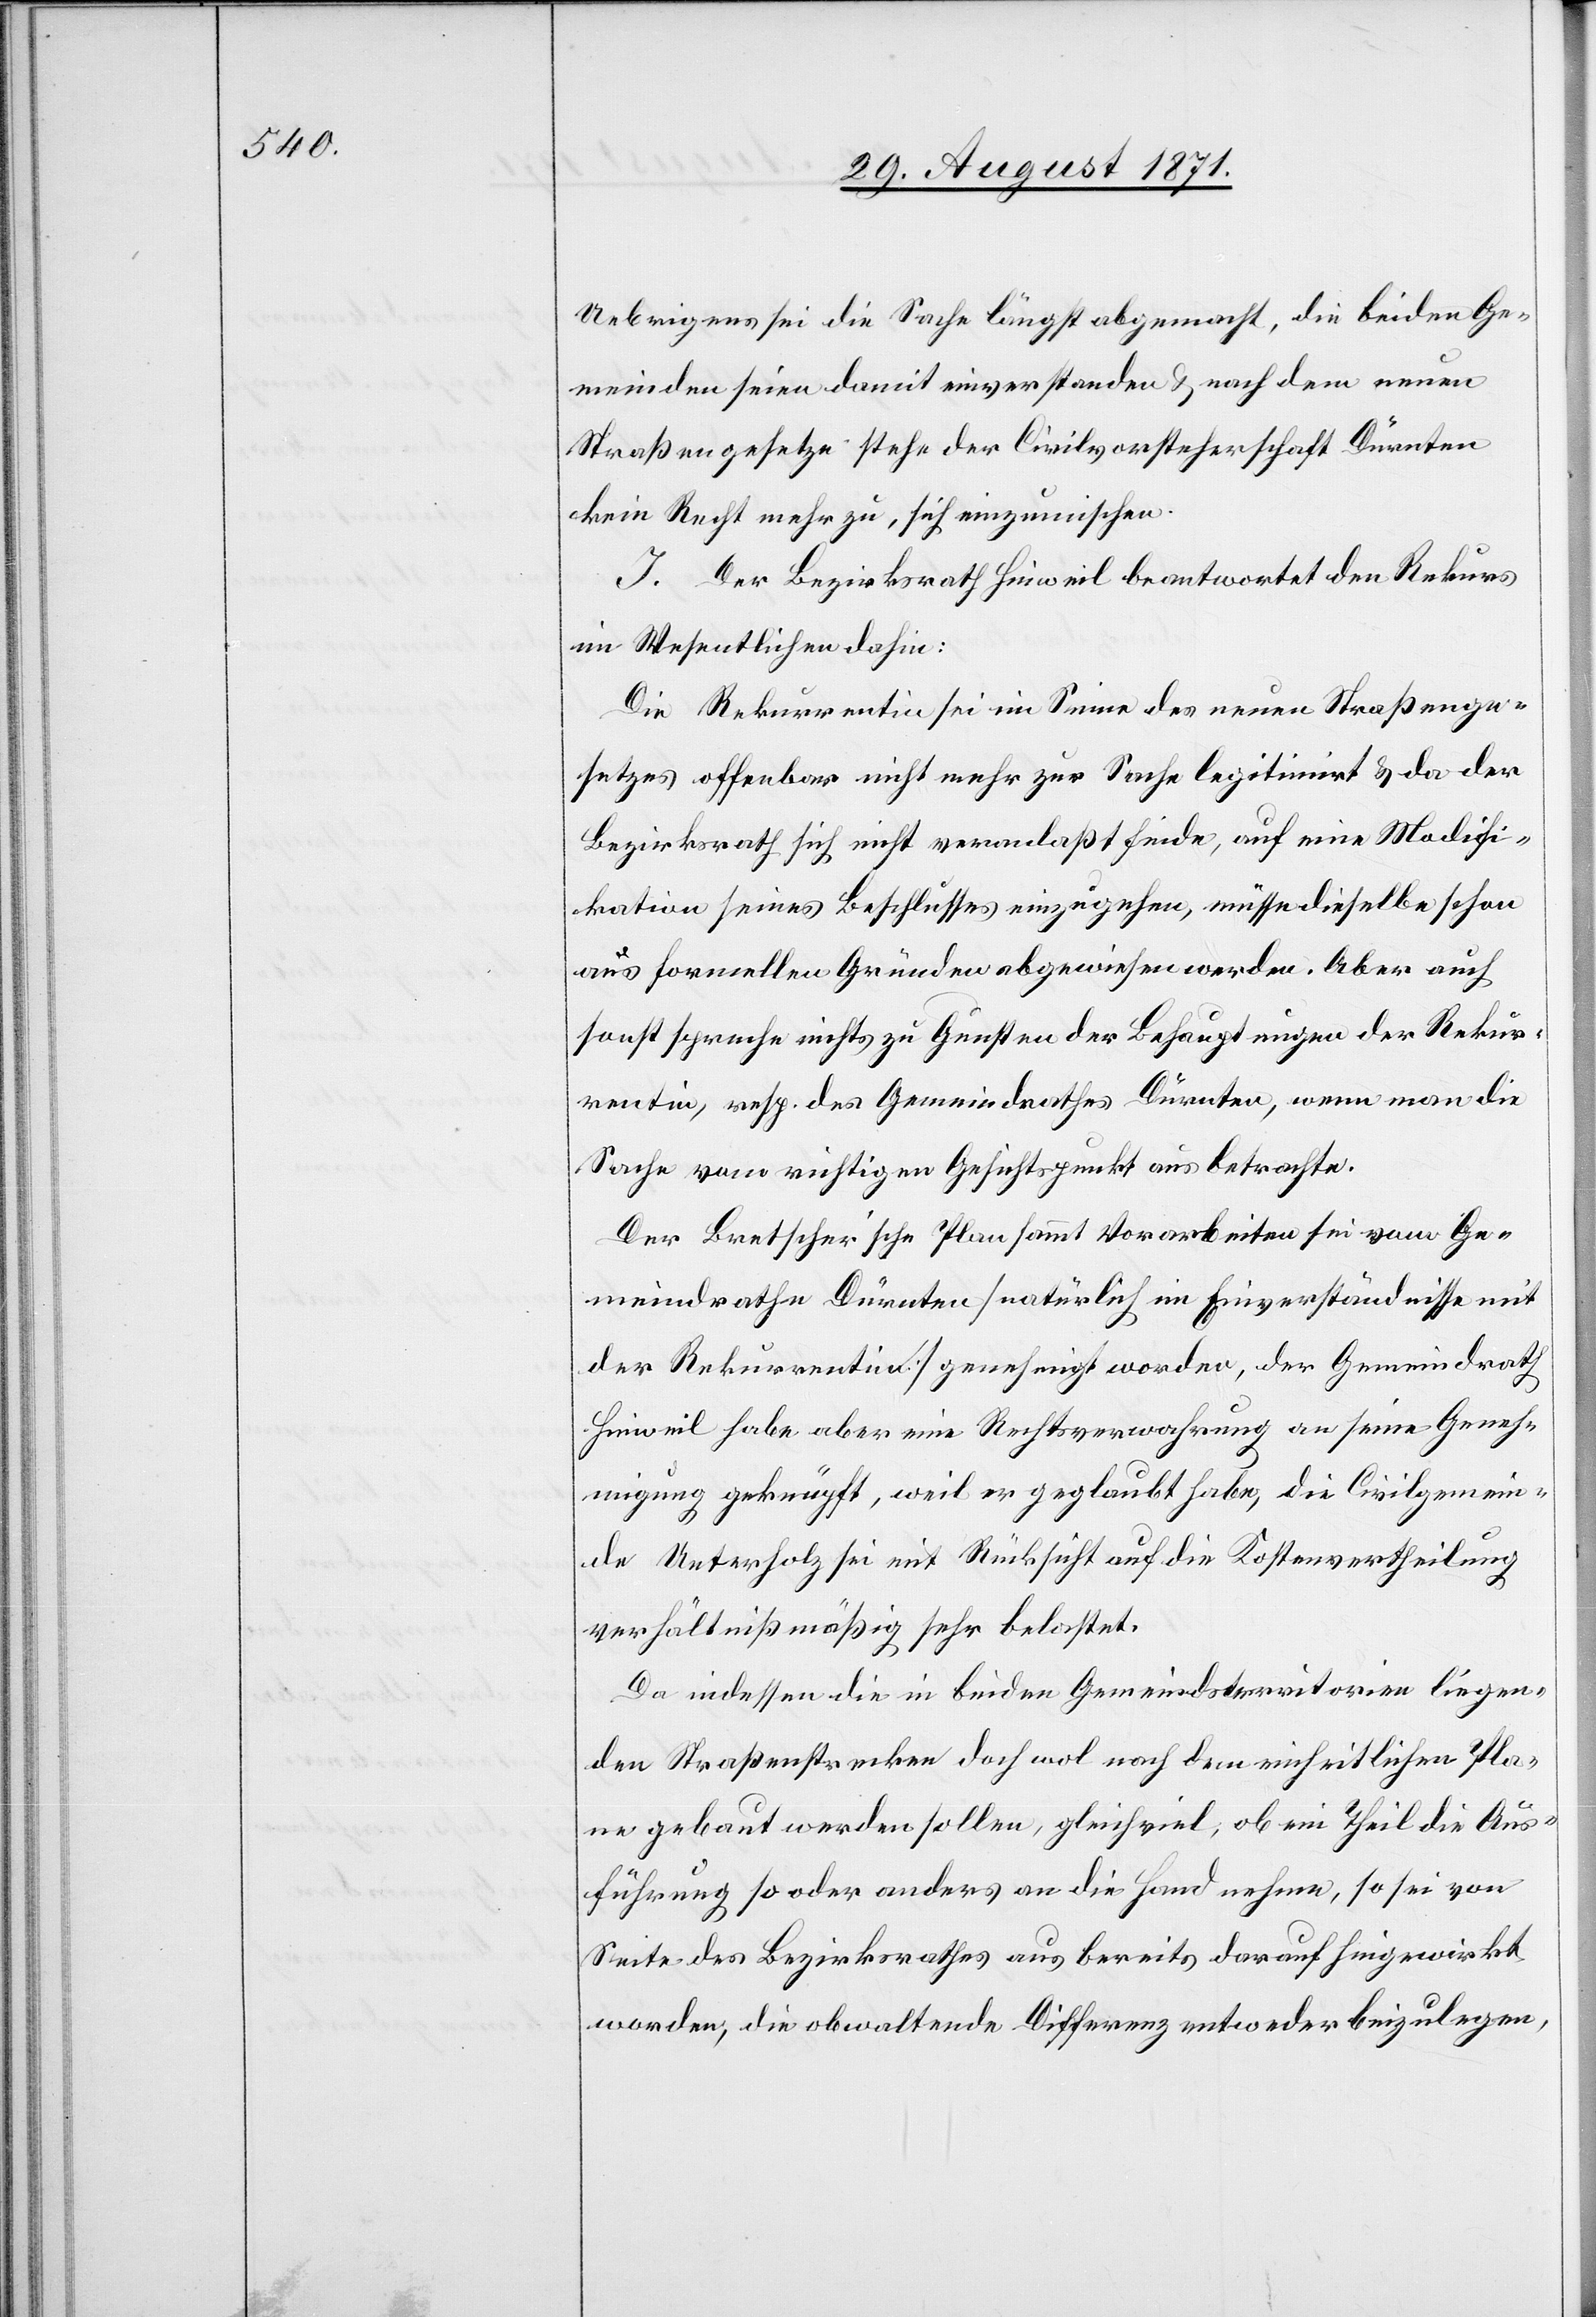
Uebrigens sei die Sache längst abgemacht, die beiden Ge¬
meinden seien damit einverstanden & nach dem neuen
Straßengesetze stehe der Civilvorsteherschaft Dürnten
kein Recht mehr zu, sich einzumischen.
I. Der Bezirksrath Hinweil beantwortet den Rekurs
im Wesentlichen dahin:
Die Rekurrentin sei im Sinne des neuen Straßenge¬
setzes offenbar nicht mehr zur Sache legitimirt & da der
Bezirksrath sich nicht veranlasst finde, auf eine Modifi¬
kation seines Beschlusses einzugehen, müsse dieselbe schon
aus formellen Gründen abgewiesen werden. Aber auch
sonst spreche nichts zu Gunsten der Behauptungen der Rekur¬
rentin, resp. des Gemeindrathes Dürnten, wenn man die
Sache vom richtigen Gesichtspunkt aus betrachte.
Der Bretscher’sche Plan sammt Vorarbeiten sei vom Ge¬
meindrathe Dürnten [natürlich im Einverständnisse mit
der Rekurrentin] genehmigt worden, der Gemeindrath
Hinweil habe aber eine Rechtsverwahrung an seine Geneh¬
migung geknüpft, weil er geglaubt habe, die Civilgemein¬
de Unterholz sei mit Rücksicht auf die Kostenvertheilung
verhältnißmäßig sehr belastet.
Da indessen die in beiden Gemeindsterritorien liegen¬
den Straßenstrecken doch wol nach dem einheitlichen Pla¬
ne gebaut werden sollen, gleichviel, ob ein Theil die Aus¬
führung so oder anders an die Hand nehme, so sei von
Seite des Bezirksrathes aus bereits darauf hingewirkt
worden, die obwaltende Differenz entweder beizulegen,